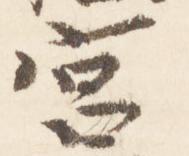
宮